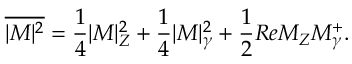
\overline { { { | M | ^ { 2 } } } } = \frac { 1 } { 4 } | M | _ { Z } ^ { 2 } + \frac { 1 } { 4 } | M | _ { \gamma } ^ { 2 } + \frac { 1 } { 2 } R e M _ { Z } M _ { \gamma } ^ { + } .